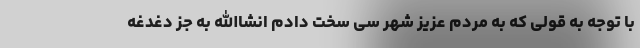
با توجه به قولی که به مردم عزیز شهر سی سخت دادم انشاالله به جز دغدغه